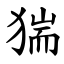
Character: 猯